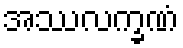
အဿလက္ခဏံ